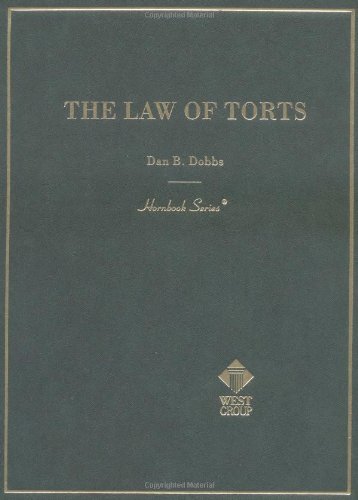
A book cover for Law of Torts (American Casebooks); Dan Dobbs; Law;